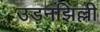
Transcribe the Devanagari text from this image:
उड़नझिल्ली